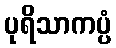
ပုရိသာကပ္ပံ